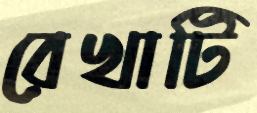
রেখাটি